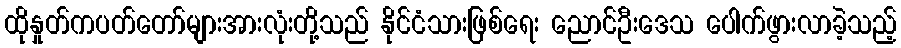
ထိုနှုတ်ကပတ်တော်များအားလုံးတို့သည် နိုင်ငံသားဖြစ်ရေး ညောင်ဦးဒေသ ပေါက်ဖွားလာခဲ့သည့်